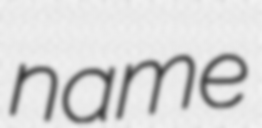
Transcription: name